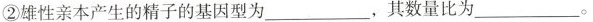
②雄性亲本产生的精子的基因型为___，其数量比为___。